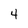
Character: 4